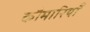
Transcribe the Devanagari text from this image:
कौमारियाँ